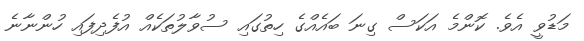
މަޑުވީ އެވެ. ކޮންމެ އަކަސް ގިނަ ބައެއްގެ ހިތުގައި ސުވާލުތަކެއް އުފެދިފައި ހުންނާނެ